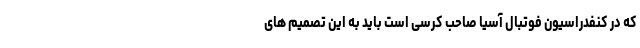
که در کنفدراسیون فوتبال آسیا صاحب کرسی است باید به این تصمیم های